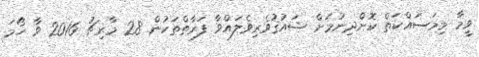
ވީމާ މިމަސައްކަތް ކޮށްދިނުމަށް ޝައުޤުވެރިވެލައްވާ ފަރާތްތަކުން 28 މާރިޗު 2016 ވާ ހޯމަ